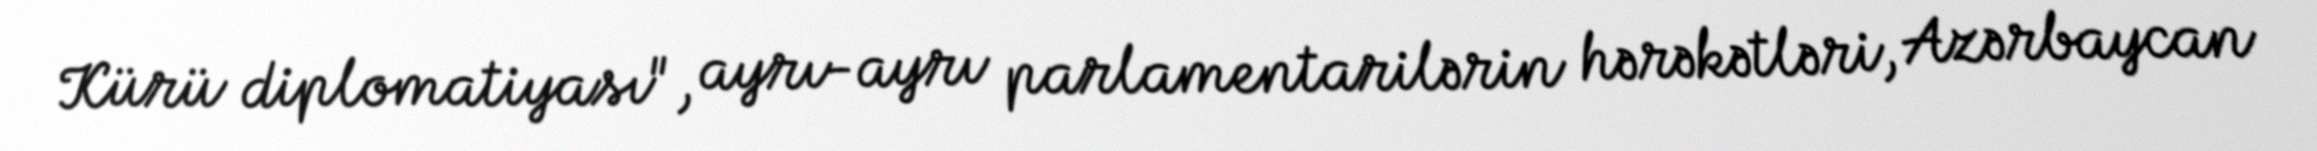
Kürü diplomatiyası", ayrı-ayrı parlamentarilərin hərəkətləri, Azərbaycan